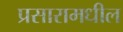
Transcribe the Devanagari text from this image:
प्रसारामधील